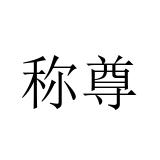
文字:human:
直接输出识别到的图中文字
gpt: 称尊